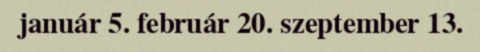
január 5. február 20. szeptember 13.